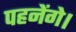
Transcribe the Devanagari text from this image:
पहनेंगे।